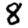
Digit: 8